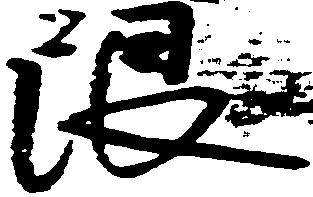
限